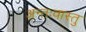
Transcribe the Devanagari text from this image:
अन्तःवास्तु